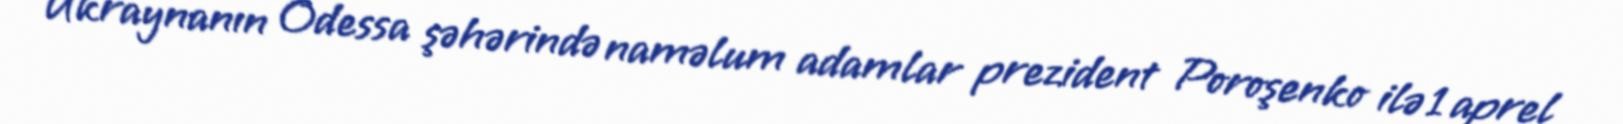
Ukraynanın Odessa şəhərində naməlum adamlar prezident Poroşenko ilə 1 aprel